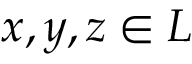
x , y , z \in L